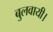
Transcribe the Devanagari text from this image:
बुलवायी।